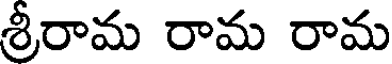
శ్రీరామ రామ రామ